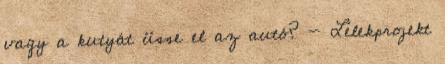
vagy a kutyát üsse el az autó? - Lélekprojekt